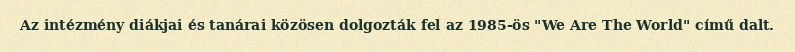
Az intézmény diákjai és tanárai közösen dolgozták fel az 1985-ös "We Are The World" című dalt.